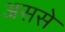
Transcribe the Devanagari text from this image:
अससे